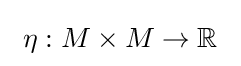
\ \eta :M\times M\rightarrow \mathbb {R} \